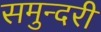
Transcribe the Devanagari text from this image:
समुन्दरी